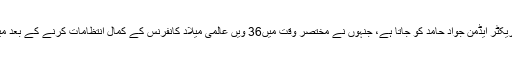
ہال کی تیاری کا سارا کریڈٹ منہاج القرآن انٹرنیشنل کے ڈائریکٹر ایڈمن جواد حامد کو جاتا ہے، جنہوں نے مختصر وقت میں36 ویں عالمی میلاد کانفرنس کے کمال انتظامات کرنے کے بعد میلاد ڈنر کے شاندار انتظامات کر کے ایونٹ کویادگار بنا دیا۔